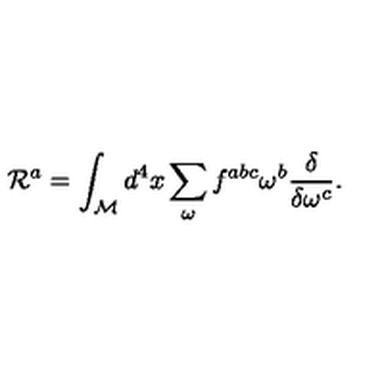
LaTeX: { \cal R } ^ { a } = \int _ { \cal M } d ^ { 4 } x \sum _ { \omega } f ^ { a b c } \omega ^ { b } \frac { \delta } { \delta \omega ^ { c } } .